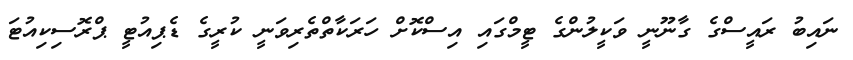
ނައިބު ރައީސްގެ ގާނޫނީ ވަކީލުންގެ ޓީމްގައި އިސްކޮށް ހަރަކާތްތެރިވަނީ ކުރީގެ ޑެޕިއުޓީ ޕްރޮސިކިއުޓަ